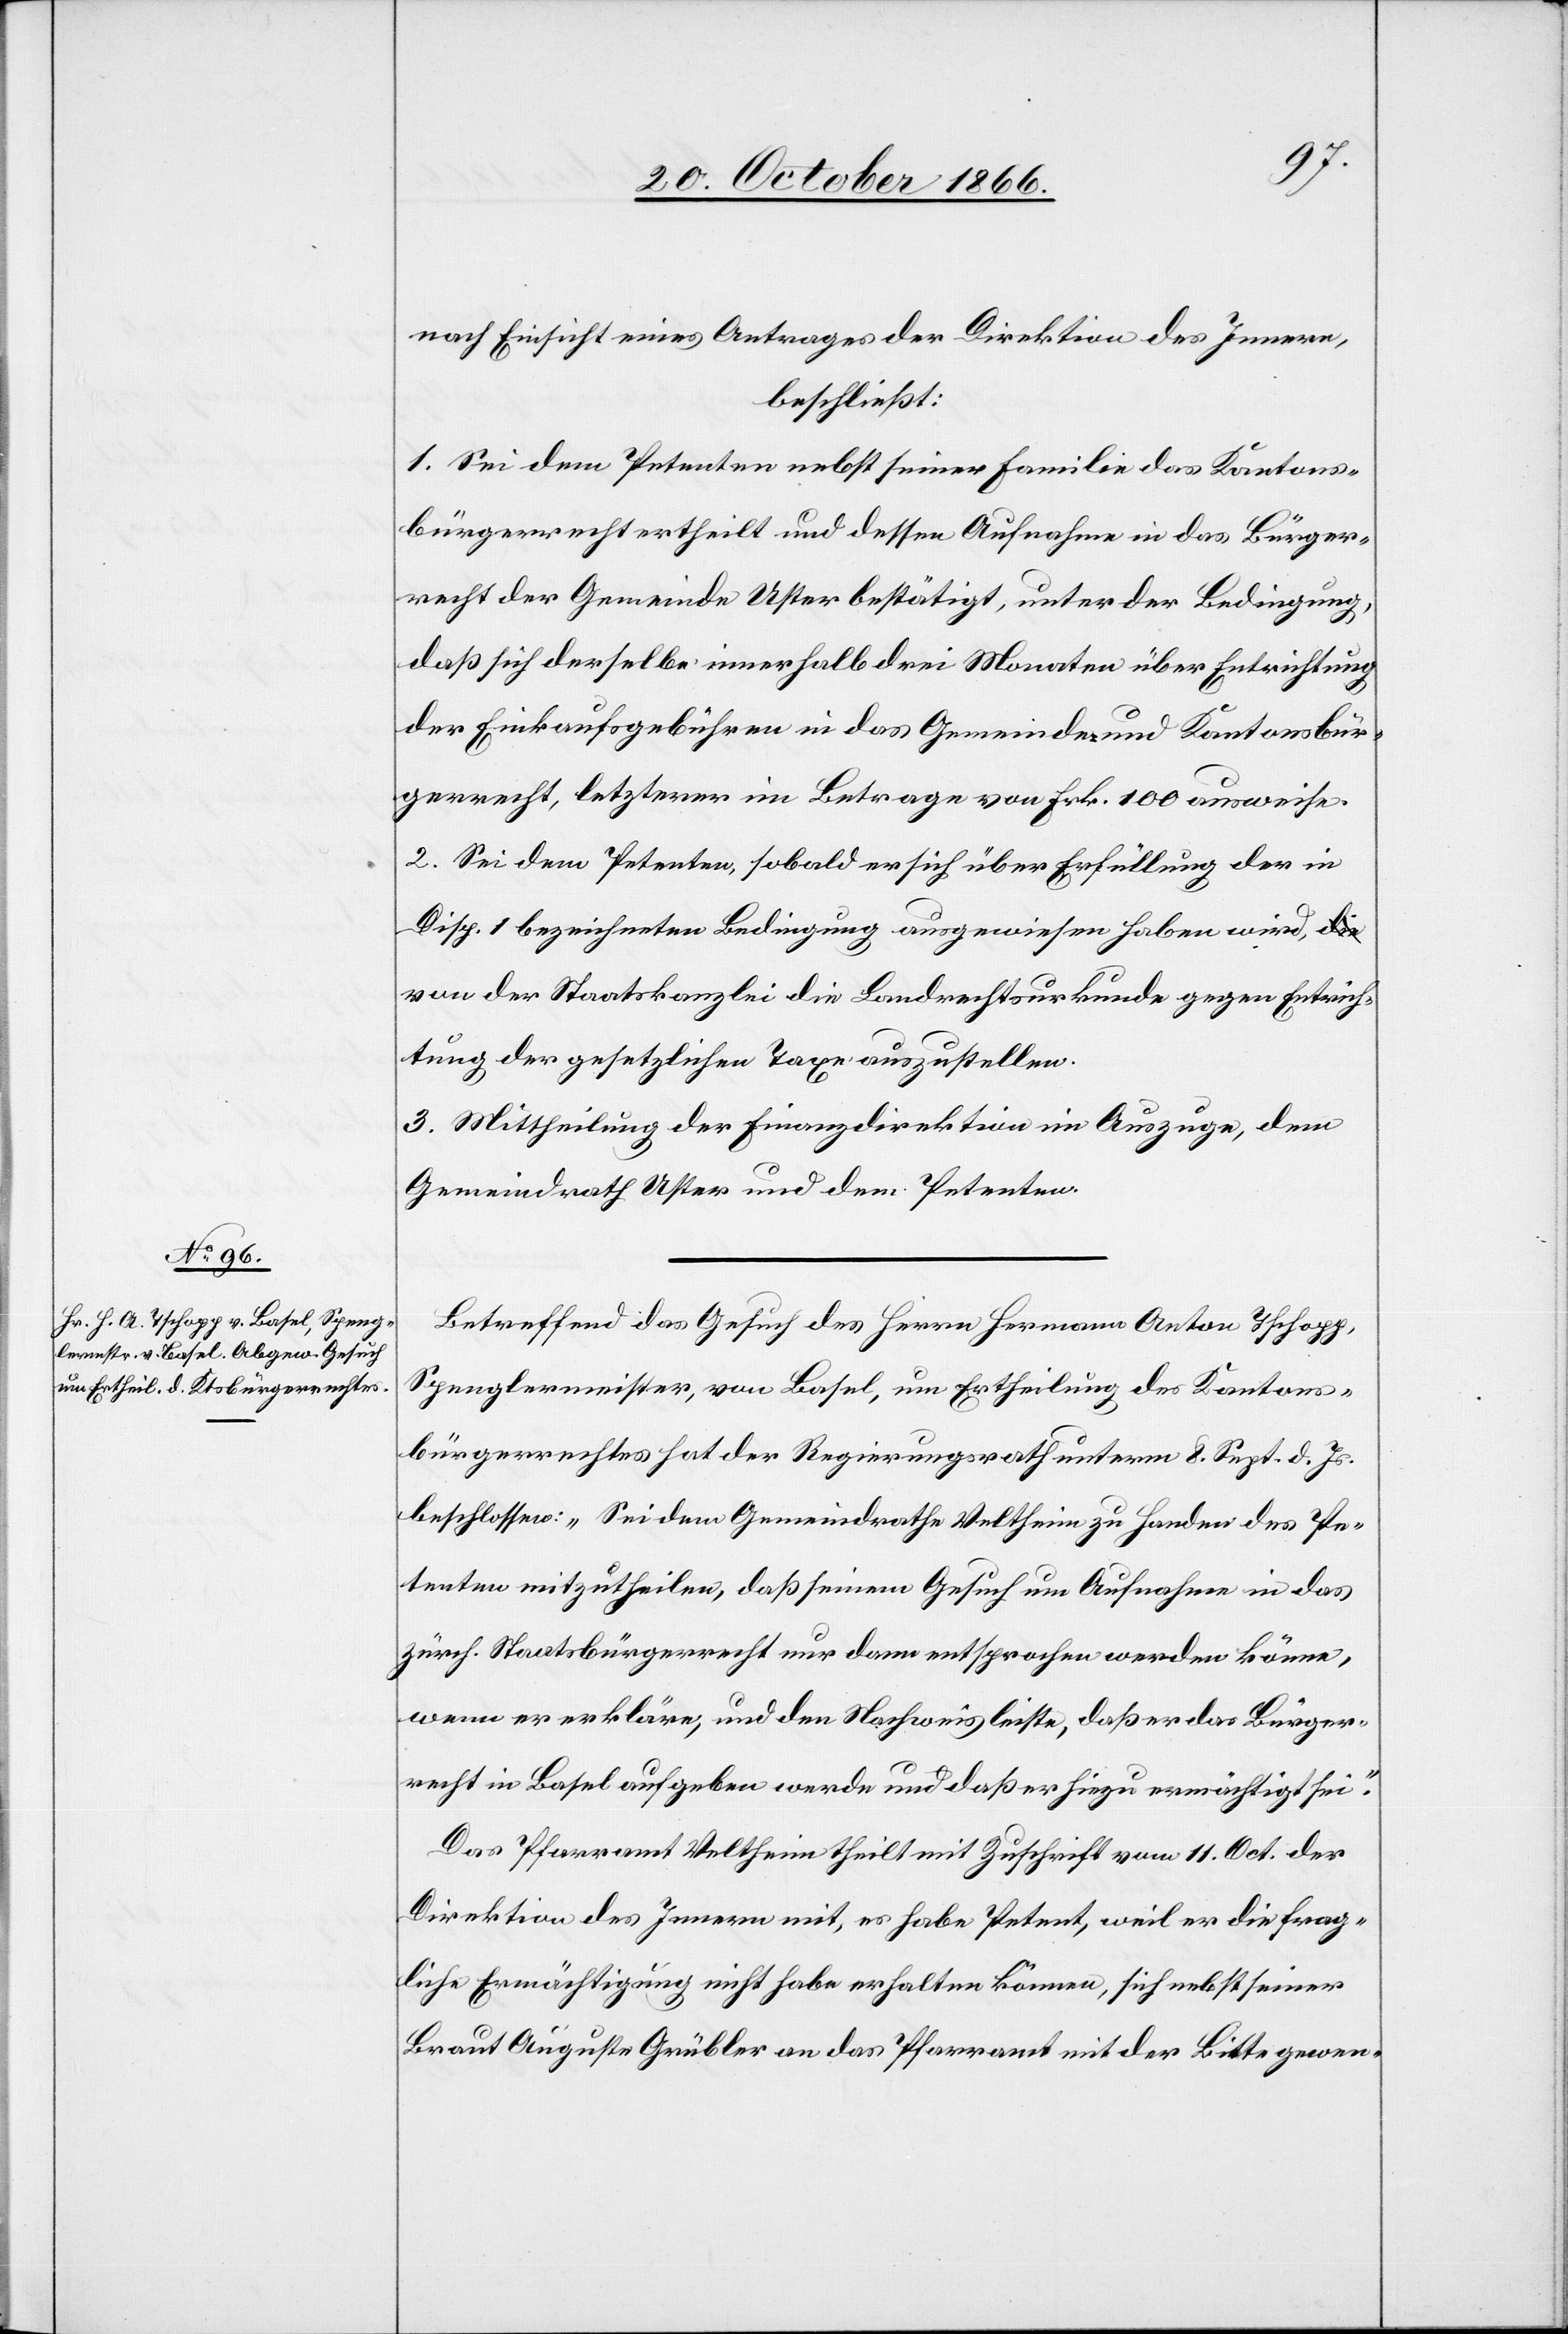
nach Einsicht eines Antrages der Direktion des Innern,
beschließt:
1. Sei dem Petenten nebst seiner Familie das Kantons¬
bürgerrecht ertheilt und dessen Aufnahme in das Bürger¬
recht der Gemeinde Uster bestätigt, unter der Bedingung,
daß sich derselbe innerhalb drei Monaten über Entrichtung
der Einkaufsgebühren in das Gemeinde- und Kantonsbür¬
gerrecht, letzterer im Betrage von Frk. 100 ausweise.
2. Sei dem Petenten, sobald er sich über Erfüllung der in
Disp. 1 bezeichneten Bedingung ausgewiesen haben wird,
von der Staatskanzlei die Landrechtsurkunde gegen Entrich¬
tung der gesetzlichen Taxe auszustellen.
3. Mittheilung der Finanzdirektion im Auszuge, dem
Gemeindrath Uster und dem Petenten.
Betreffend das Gesuch des Herrn Hermann Anton Tschopp,
Spenglermeister, von Basel, um Ertheilung des Kantons¬
bürgerrechtes hat der Regierungsrath unterm 8. Sept. d. Js.
beschlossen: „Sei dem Gemeindrathe Veltheim zu Handen des Pe¬
tenten mitzutheilen, daß seinem Gesuch um Aufnahme in das
zürch. Staatsbürgerrecht nur dann entsprochen werden könne,
wenn er erkläre, und den Nachweis leiste, daß er das Bürger¬
recht in Basel aufgeben werde und daß er hiezu ermächtigt sei.“
Das Pfarramt Veltheim theilt mit Zuschrift vom 11. Oct. der
Direktion des Innern mit, es habe Petent, weil er die frag¬
liche Ermächtigung nicht habe erhalten können, sich nebst seiner
Braut Auguste Grübler an das Pfarramt mit der Bitte gewen-